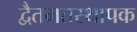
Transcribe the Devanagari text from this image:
द्वैतमतस्थापक